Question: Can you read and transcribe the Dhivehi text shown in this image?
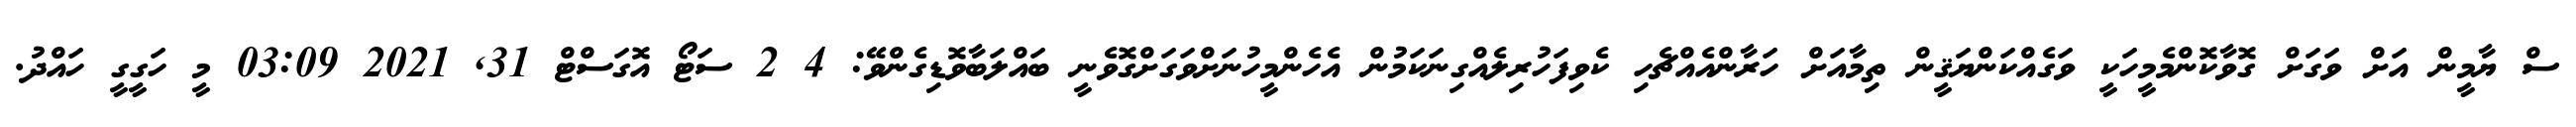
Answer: ސް ޔާމީން އަށް ވަގަށް ގޮވާކޮންމެމީހަކީ ވަގެއްކަންޔަޤީން ތިމާއަށް ހަރާންއެއްޗެހި ކެވިފަހުރިލެއްގިނަކަމުން އެހެންމީހުނަށްވަގަށްގޮވެނީ ބައްލަބާވޮޑިގެންވޭ: 4 2 ސަޓޯ އޮގަސްޓް 31, 2021 03:09 މީ ހަގީގީ ހައްދު.